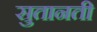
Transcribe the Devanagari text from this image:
सुतानती